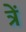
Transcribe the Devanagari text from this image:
त्रें